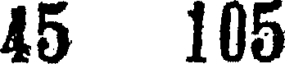
45 105